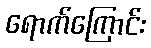
ရောက်ကြောင်း